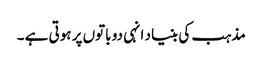
مذہب کی بنیاد انہی دو باتوں پر ہوتی ہے ۔